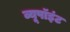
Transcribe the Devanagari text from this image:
व्यूपॉइंट